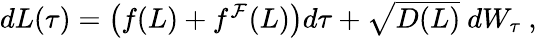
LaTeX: \begin{array}{r}{dL(\tau)=\left(f(L)+f^{\mathcal{F}}(L)\right)d\tau+\sqrt{D(L)}\ dW_{\tau}\ ,}\end{array}